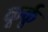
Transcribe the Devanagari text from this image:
कूर्कू